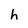
Character: h